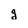
Character: g